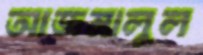
আজমালুল